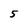
Character: 5